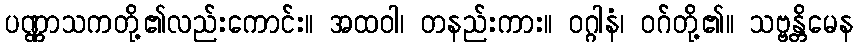
ပဏ္ဏာသကတို့၏လည်းကောင်း။ အထဝါ၊ တနည်းကား။ ဝဂ္ဂါနံ၊ ဝဂ်တို့၏။ သဗ္ဗန္တိမေန